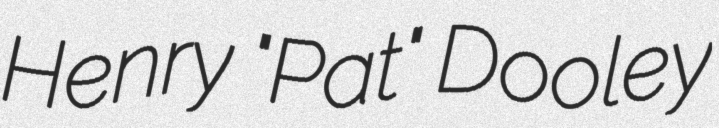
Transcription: Henry "Pat" Dooley